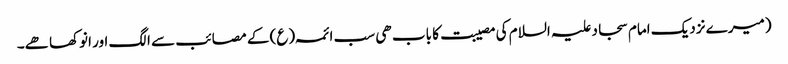
(میرے نزدیک امام سجاد علیہ السلام کی مصیبت کا باب ھی سب ائمہ (ع) کے مصائب سے الگ اور انوکھا ھے۔